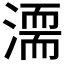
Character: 𣽈